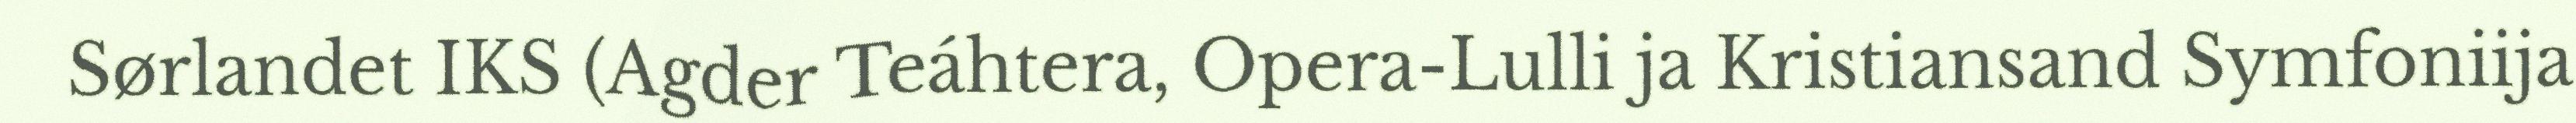
Sørlandet IKS (Agder Teáhtera, Opera-Lulli ja Kristiansand Symfoniija